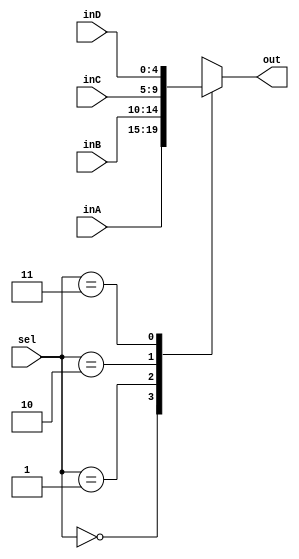
module mux_4to1_5bit(out, inA, inB, inC, inD, sel);

    output  [4:0] out;
    
    input   [4:0] inA,inB, inC, inD;
    input   [1:0]  sel;
	reg [4:0]out;
    /* Fill in the implementation here ... */ 
	 always@(inA,inB,inC, inD,sel)
	 begin
		case (sel) 
			0:
				out <= inA;
			1:
				out <= inB;
			2:
				out <= inC;
			3:
				out <= inD;
		endcase
	 end
	 

endmodule